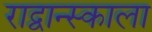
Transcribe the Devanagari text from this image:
राद्वान्स्काला